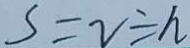
S = v \div h